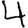
Digit: 4